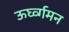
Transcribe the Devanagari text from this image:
ऊर्घ्व्गमन